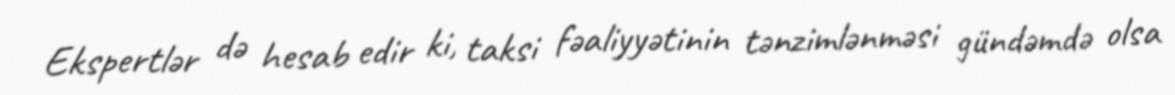
Ekspertlər də hesab edir ki, taksi fəaliyyətinin tənzimlənməsi gündəmdə olsa